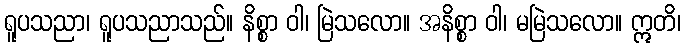
ရူပသညာ၊ ရူပသညာသည်။ နိစ္စာ ဝါ၊ မြဲသလော။ အနိစ္စာ ဝါ၊ မမြဲသလော။ ဣတိ၊